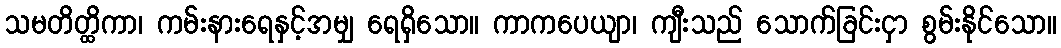
သမတိတ္ထိကာ၊ ကမ်းနားရေနှင့်အမျှ ရေရှိသော။ ကာကပေယျာ၊ ကျီးသည် သောက်ခြင်းငှာ စွမ်းနိုင်သော။